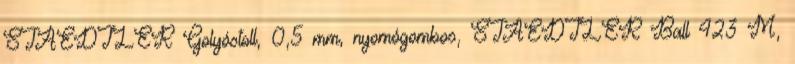
STAEDTLER Golyóstoll, 0,5 mm, nyomógombos, STAEDTLER Ball 423 M,